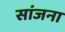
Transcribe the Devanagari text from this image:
सांजना